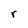
Character: r